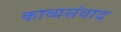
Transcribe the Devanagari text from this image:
काव्यसंवाद